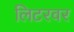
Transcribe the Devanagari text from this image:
लिटरवर